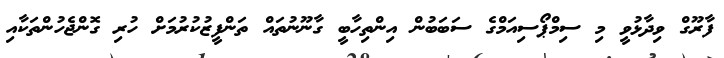
ފާރޫގް ވިދާޅުވީ މި ސިމްޕޯސިއަމްގެ ސަބަބުން އިންތިހާބީ ގާނޫނުތައް ތަންފީޒުކުރުމަށް ހުރި ގޮންޖެހުންތަކާއި